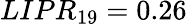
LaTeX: LIPR_{19}=0.26